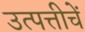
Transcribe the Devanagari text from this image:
उत्पत्तीचें